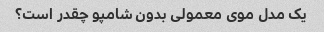
یک مدل موی معمولی بدون شامپو چقدر است؟